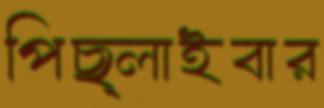
পিছ্‌লাইবার